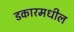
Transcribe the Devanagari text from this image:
डकारमधील